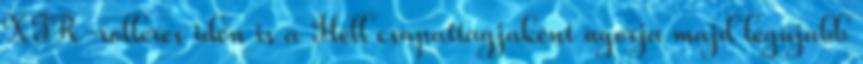
XTR-rolleres idén is a Hell csapattagjaként ugorja majd legújabb